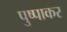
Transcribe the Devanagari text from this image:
पुष्पाकर